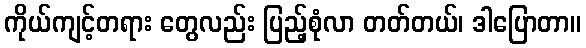
ကိုယ်ကျင့်တရား တွေလည်း ပြည့်စုံလာ တတ်တယ်၊ ဒါပြောတာ။